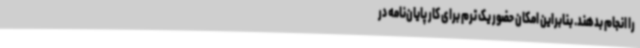
را انجام بدهند. بنابراین امکان حضور یک ترم برای کار پایان‌نامه در